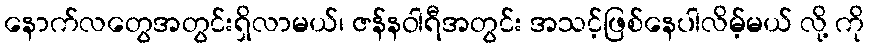
နောက်လတွေအတွင်းရှိလာမယ်၊ ဇန်နဝါရီအတွင်း အသင့်ဖြစ်နေပါလိမ့်မယ် လို့ ကို